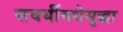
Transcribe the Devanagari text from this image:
सवयींमधेसुद्धा